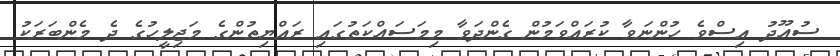
ސުއޫދު އިސްވެ ހުންނަވާ ކުރައްވަމުން ގެންދަވާ މިމަސައްކަތުގައި ރައްޔިތުންގެ މަޖިލީހުގެ ދެ މެންބަރަކު